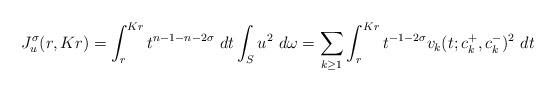
LaTeX: \begin{align*} J^{\sigma}_u(r, Kr) = \int_r^{Kr}t^{n-1-n-2\sigma}\ dt \int_S u^2\ d\omega = \sum_{k\geq 1}\int_r^{Kr} t^{-1-2\sigma}v_k(t; c_k^+, c_k^-)^2\ dt \end{align*}